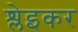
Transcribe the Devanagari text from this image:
श्लेइकर